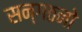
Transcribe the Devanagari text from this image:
सन्गठनो